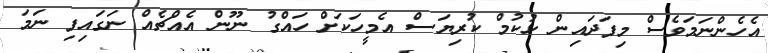
އެހެންނަމަވެސް މިފަދައިން ހުކުމް ކުރިޔަސް އެމީހަކަށް ހައްގު ނޫން އެއްޗެއް ނަގައިފި ނަމަ